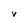
Character: V